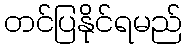
တင်ပြနိုင်ရမည်